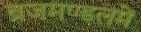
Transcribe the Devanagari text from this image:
व्रजमण्डलमें